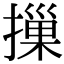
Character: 摷